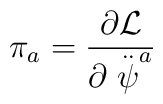
\pi _a=\frac{\partial {\cal L}}{\partial \stackrel{..}{\psi }^a}